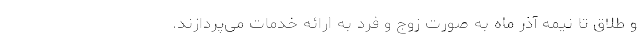
و طلاق تا نیمه آذر ماه به صورت زوج و فرد به ارائه خدمات می‌پردازند.